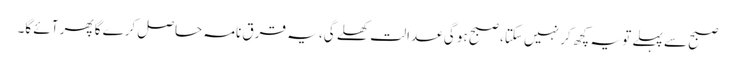
صبح سے پہلے تو یہ کچھ کر نہیں سکتا، صبح ہو گی عدالت کھلے گی، یہ قرق نامہ حاصل کرے گا پھر آئے گا۔